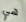
هي